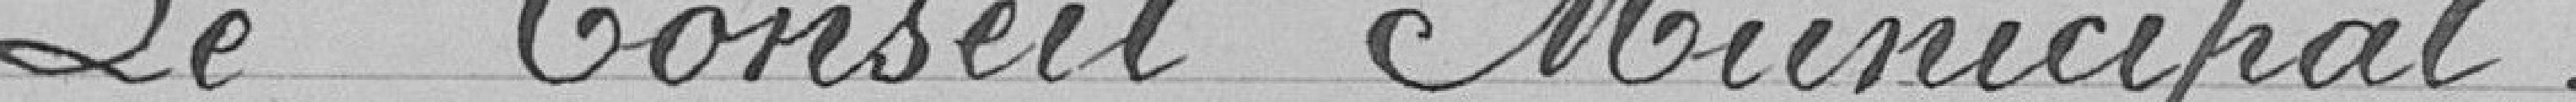
Le Conseil Municipal,